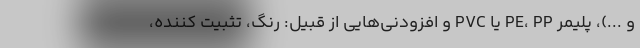
و ...)، پلیمر PE، PP یا PVC و افزودنی‌هایی از قبیل: رنگ، تثبیت کننده،